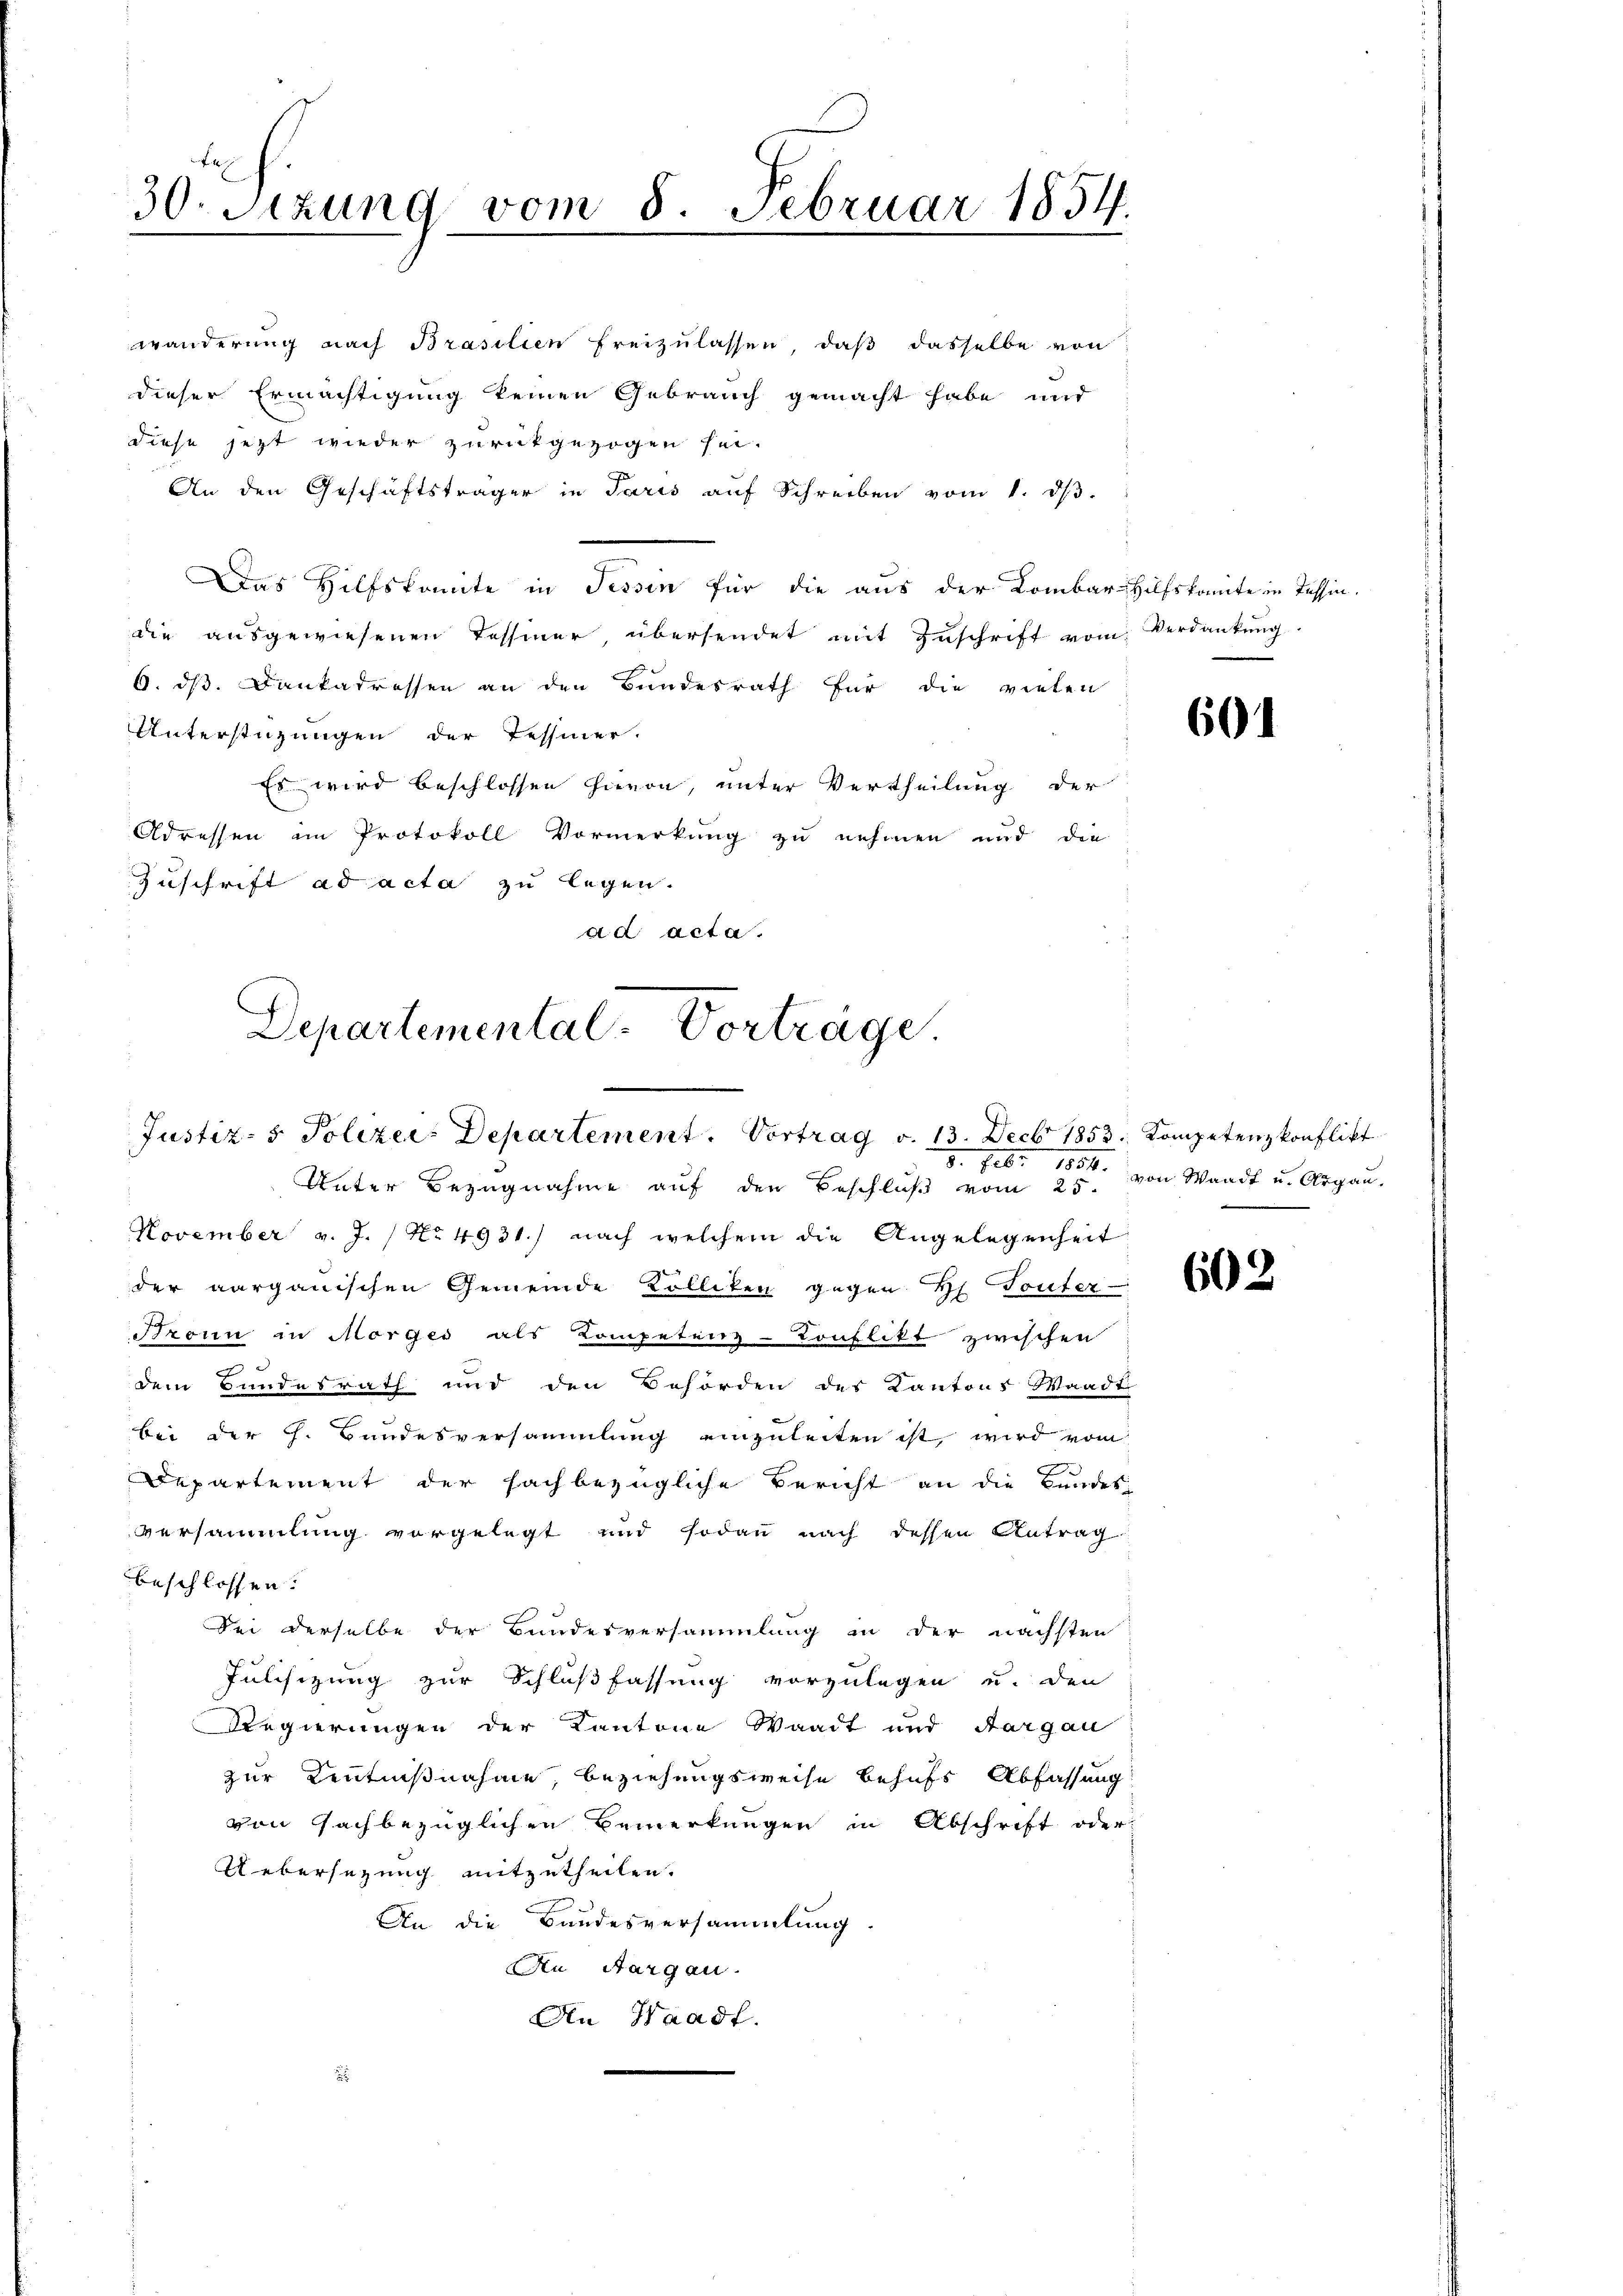
30. Sitzung vom 8. Februar 1854.
e

diese jezt wieder zurückgezogen sei.
An den Geschäftsträger in Paris auf Schreiben vom 1. dβ.
Das Hilfskomite in Tessin für die aus der Kombar Hilfskomite in Tessin,
die aŭsgewiesenen Tessiner übersendet mit Zŭschrift vom Verdankŭng
6. dß. Dankadressen an den Bundesrath für die vielen
Unterstüzungen der Tessiner.
Es wird beschlossen hievon, unter Vertheilung der
Adressen im Protokoll Vormerkung zu nehmen und die
Zuschrift ad acta zu legen.
ad acta.
Departemental-Vorträge.

wanderung nach Brasilien freizulassen, daß dasselbe von
dieser Ermächtigung keinen Gebrauch gemacht habe und

Justiz- & Polizei- Departement. Vortrag v. 13. Decbr 1853. Kompetenzkonflikt

8. Febr. 1884.
Unter Bezugnahme auf den Beschluß vom 25.
November v. J. / No 4931.) nach welchem die Angelegenheit
der aargauischen Gemeinde Kolliken gegen H. Touter-
Bronn in Morges als Kompetenz-Konflikt zwischen
dem Bundesrath und den Behörden des Kantons Waadt
bei der h. Bundesversammlung einzuleiten ist, wird vom
)
Departement der sachbezügliche Bericht an die Bundes-
versammlung vorgelegt und sodann nach dessen Antrag
beschlossen:
Sei derselbe der Bundesversammlung in der nächsten
Fulisizung zur Schlußfassung vorzulegen u. den
Regierungen der Kantone Waadt und Aargau
zur Kenntnißnahme, beziehungsweise behufs Abfassung
von fachbezüglichen Bemerkungen in Abschrift oder
Uebersezung mitzutheilen.
An die Bandesversammlung
An Aargau.
An Waadt.

601

von Waadt u. Argau.

602